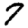
Digit: 7